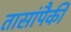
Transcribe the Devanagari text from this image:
तासांपैकी